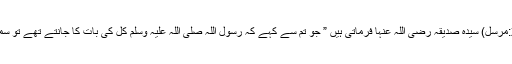
۱؎ (تفسیر ابن جریر الطبری:28173:مرسل) سیدہ صدیقہ رضی اللہ عنہا فرماتی ہیں ” جو تم سے کہے کہ رسول اللہ صلی اللہ علیہ وسلم کل کی بات کا جانتے تھے تو سمجھ لینا کہ وہ سب سے بڑا جھوٹا ہے ۔